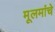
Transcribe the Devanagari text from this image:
मूलमांचे